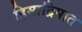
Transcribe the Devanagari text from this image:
हिमाद्रिपात